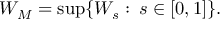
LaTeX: W _ { M } = \operatorname* { s u p } \{ W _ { s } \, \colon \, s \in [ 0 , 1 ] \} .